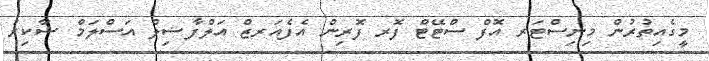
މީގެއިތުރުން މިނިސްޓަރ އޮފް ސްޓޭޓް ފޮރ ފޮރިން އެފެއަރޒް އަލްފާޟިލް އަސްލަމް ޝާކިރު